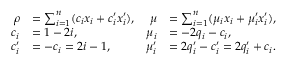
\begin{array} { r l r l } { \rho } & { = \sum _ { i = 1 } ^ { n } ( c _ { i } x _ { i } + c _ { i } ^ { \prime } x _ { i } ^ { \prime } ) , } & { \mu } & { = \sum _ { i = 1 } ^ { n } ( \mu _ { i } x _ { i } + \mu _ { i } ^ { \prime } x _ { i } ^ { \prime } ) , } \\ { c _ { i } } & { = 1 - 2 i , } & { \mu _ { i } } & { = - 2 q _ { i } - c _ { i } , } \\ { c _ { i } ^ { \prime } } & { = - c _ { i } = 2 i - 1 , } & { \mu _ { i } ^ { \prime } } & { = 2 q _ { i } ^ { \prime } - c _ { i } ^ { \prime } = 2 q _ { i } ^ { \prime } + c _ { i } . } \end{array}